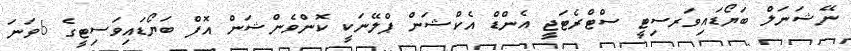
ނޭޝަނަލް ބަޔޯޑައިވަރސިޓީ ސްޓްރެޓަޖީ އެންޑް އެކްޝަން ޕްލޭނަކީ ކޮންވެންޝަން އޮފް ބަޔޯޑައިވަސިޓީގެ 6ވަނަ